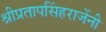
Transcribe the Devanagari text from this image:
श्रीप्रतापसिंहराजेंनी